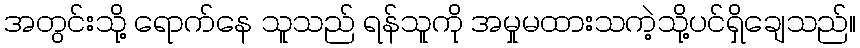
အတွင်းသို့ ရောက်နေ သူသည် ရန်သူကို အမှုမထားသကဲ့သို့ပင်ရှိချေသည်။